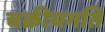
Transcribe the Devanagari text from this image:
चक्रीयगति